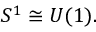
S ^ { 1 } \cong U ( 1 ) .